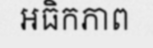
អធិកភាព